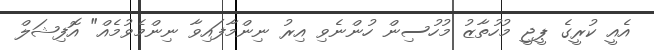
އެއީ ކުރީގެ ޕީޖީ މުހުތާޒު މުހުސިން ހުންނެވި އިރު ނިންމާފައިވާ ނިންމެވުމެއް" އޮފިޝަލް